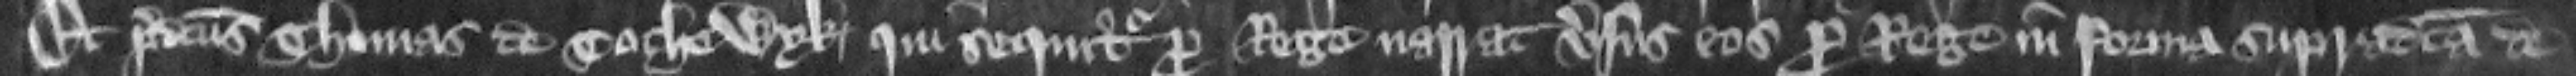
Et predictus Thomas de Tochewyk qui sequitur pro rege narrat versus eos pro rege in forma supradicta de